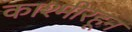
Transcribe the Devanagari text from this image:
काश्मीरहून